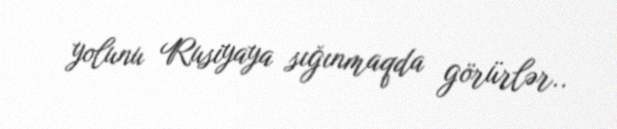
yolunu Rusiyaya sığınmaqda görürlər..